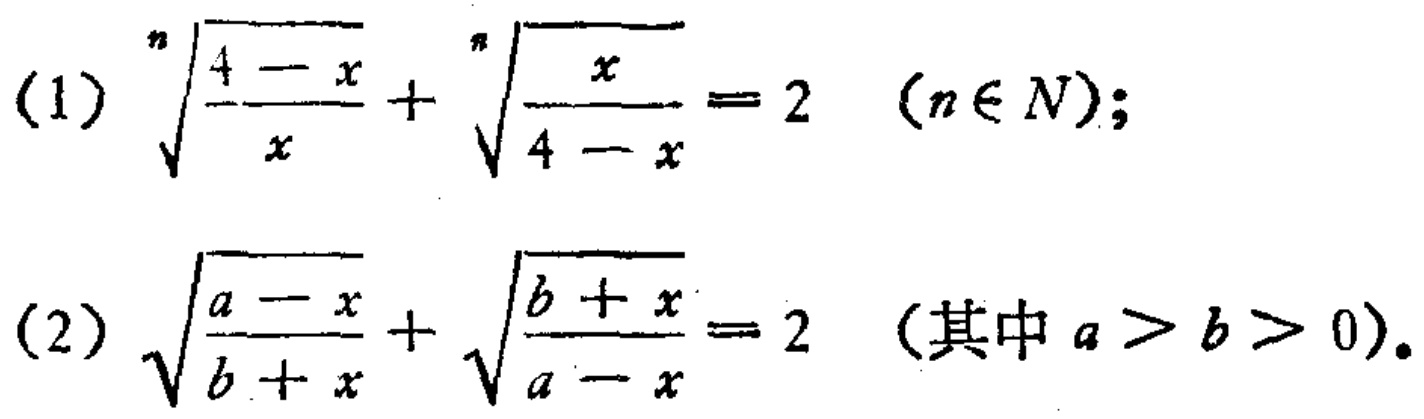
(1) $\sqrt[n]{\frac{4 - x}{x}}+\sqrt[n]{\frac{x}{4 - x}} = 2\quad(n\in N)$;
(2) $\sqrt{\frac{a - x}{b + x}}+\sqrt{\frac{b + x}{a - x}} = 2\quad(\text{其中 }a > b > 0)$.